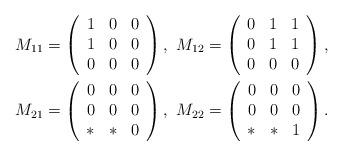
LaTeX: \begin{gather*}M_{11}=\left(\begin{array}{ccc}1&0&0\\ 1&0&0\\ 0&0&0\end{array}\right),\,\,M_{12}=\left(\begin{array}{ccc}0&1&1\\ 0&1&1\\ 0&0&0\end{array}\right),\\M_{21}=\left(\begin{array}{ccc}0&0&0\\ 0&0&0\\ *&*&0\end{array}\right),\,\,M_{22}=\left(\begin{array}{ccc}0&0&0\\ 0&0&0\\ *&*&1\end{array}\right).\end{gather*}